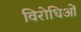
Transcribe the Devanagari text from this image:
विरोधिओं